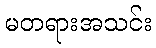
မတရားအသင်း